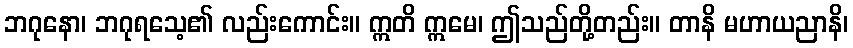
ဘဂုနော၊ ဘဂုရသေ့၏ လည်းကောင်း။ ဣတိ ဣမေ၊ ဤသည်တို့တည်း။ တာနိ မဟာယညာနိ၊